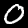
Label: 0